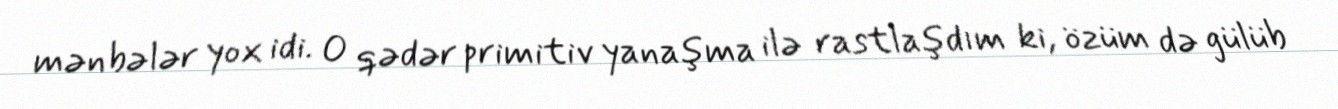
mənbələr yox idi. O qədər primitiv yanaşma ilə rastlaşdım ki, özüm də gülüb